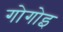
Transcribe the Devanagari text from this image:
गोगोइ